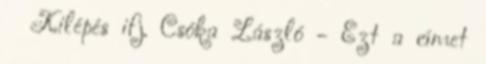
Kilépés ifj. Csóka László - Ezt a címet